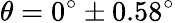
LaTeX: \theta=0^{\circ}\pm 0.58^{\circ}